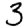
Digit: 3